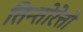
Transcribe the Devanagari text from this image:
तिन्तोरेत्तो